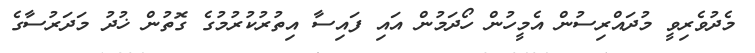
މެދުވެރިވީ މުދައްރިސުން އެމީހުން ހޯދަމުން އައި ފައިސާ އިތުރުކުރުމުގެ ގޮތުން ޚުދު މަދަރުސާގެ